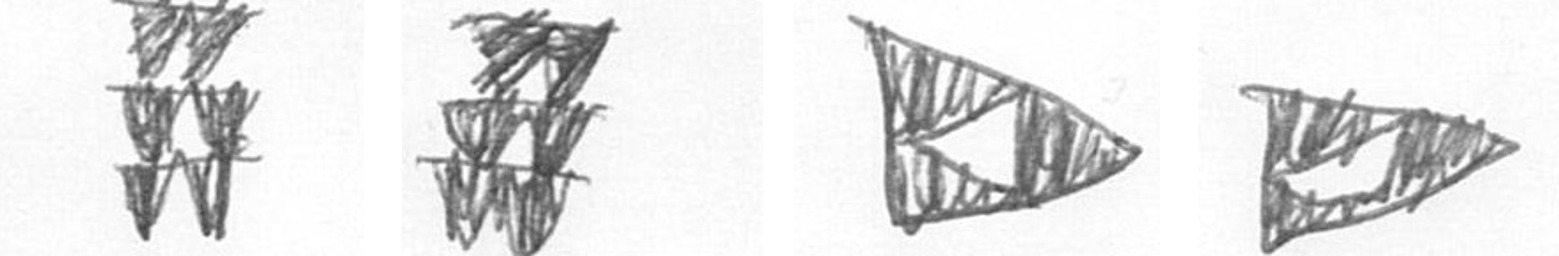
Y Y K K